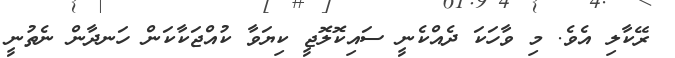
ރޭކާލި އެވެ. މި ވާހަކަ ދެއްކެނީ ސައިކޮލޮޖީ ކިޔަވާ ކުއްޖަކާކަން ހަނދާން ނެތުނީ